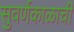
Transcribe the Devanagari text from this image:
सुवर्णकाळाची